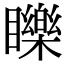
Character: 䁻